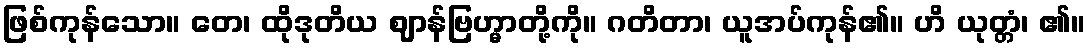
ဖြစ်ကုန်သော။ တေ၊ ထိုဒုတိယ ဈာန်ဗြဟ္မာတို့ကို။ ဂတိတာ၊ ယူအပ်ကုန်၏။ ဟိ ယုတ္တံ၊ ၏။